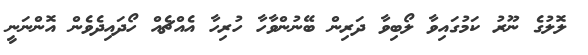
ލޮލުގެ ނޫރު ކަމުގައިވާ ލޯބިވާ ދަރިން ބޭނުންވާހާ ހުރިހާ އެއްޗެއް ހޯދައިދެވެން އޮންނަނީ